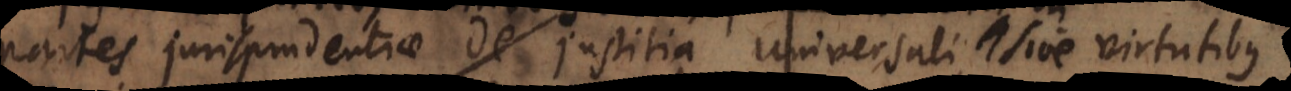
partes jurisprudentiae de justitia universali, de justitia